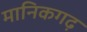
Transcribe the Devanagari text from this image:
मानिकगढ़